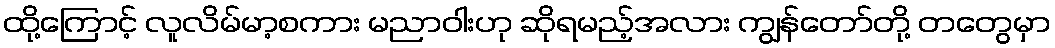
ထို့ကြောင့် လူလိမ်မာ့စကား မညာဝါးဟု ဆိုရမည့်အလား ကျွန်တော်တို့ တတွေမှာ